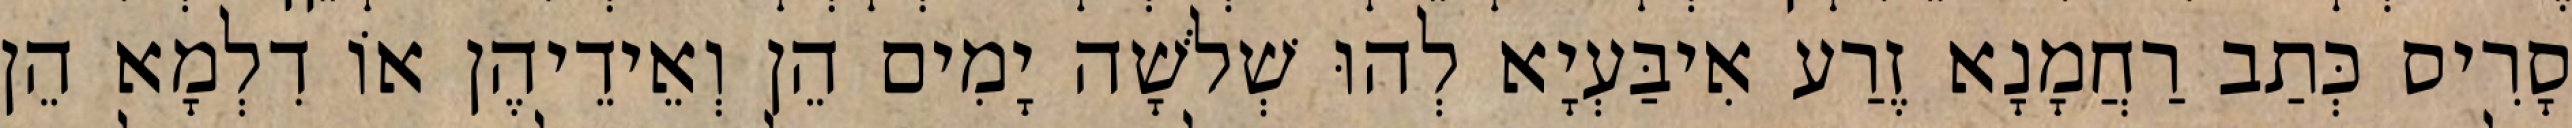
סָרִיס כְּתַב רַחֲמָנָא זֶרַע אִיבַּעְיָא לְהוּ שְׁלֹשָׁה יָמִים הֵן וְאֵידֵיהֶן אוֹ דִלְמָא הֵן